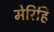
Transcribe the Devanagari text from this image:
मेरिहि